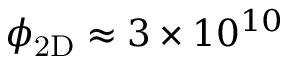
\ensuremath { \phi _ { \mathrm { 2 D } } } \approx 3 \times 1 0 ^ { 1 0 }